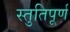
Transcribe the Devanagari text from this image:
स्तुतिपूर्ण